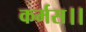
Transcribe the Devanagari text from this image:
कर्मस।।